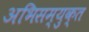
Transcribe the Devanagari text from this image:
अभिसम्युक्त